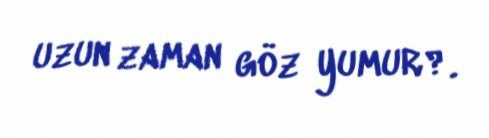
uzun zaman göz yumur?.